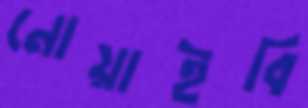
নোয়াইবি